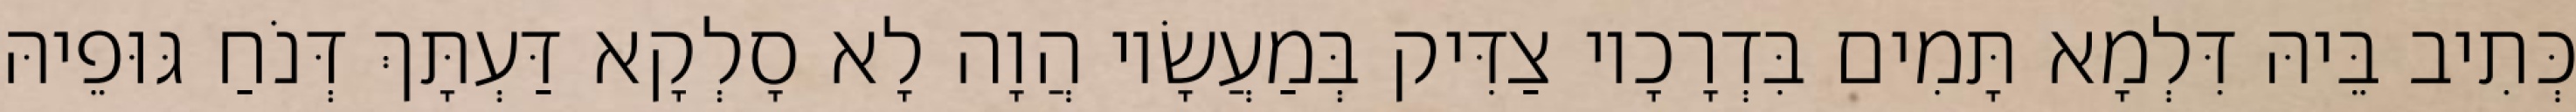
כְּתִיב בֵּיהּ דִּלְמָא תָּמִים בִּדְרָכָיו צַדִּיק בְּמַעֲשָׂיו הֲוָה לָא סָלְקָא דַּעְתָּךְ דְּנֹחַ גּוּפֵיהּ